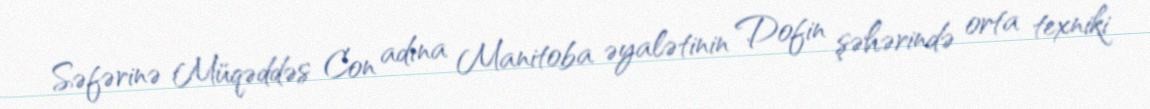
Səfərinə Müqəddəs Con adına Manitoba əyalətinin Dofin şəhərində orta texniki